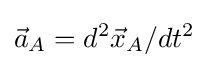
{\vec {a}}_{A}=d^{2}{\vec {x}}_{A}/dt^{2}